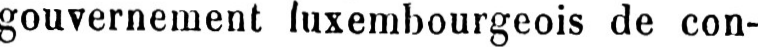
gouvernement luxembourgeois de con-